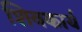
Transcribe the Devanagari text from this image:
शिवकार्य